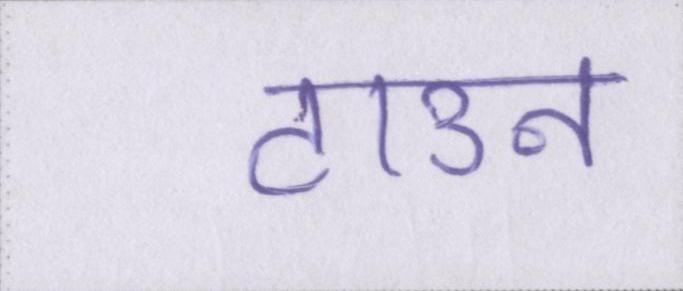
टाउन